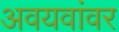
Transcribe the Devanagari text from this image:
अवयवांवर